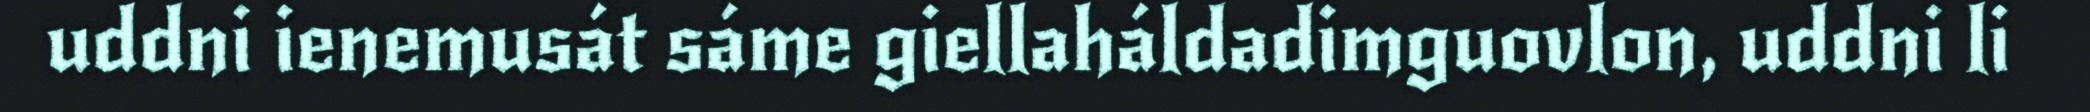
uddni ienemusát sáme giellaháldadimguovlon, uddni li